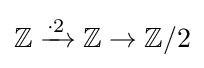
\mathbb {Z} \xrightarrow {\cdot 2} \mathbb {Z} \to \mathbb {Z} /2